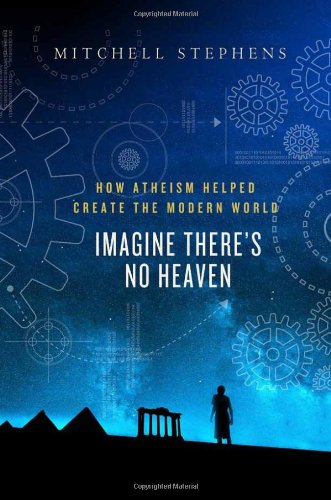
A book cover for Imagine There's No Heaven: How Atheism Helped Create the Modern World; Mitchell Stephens; Religion & Spirituality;